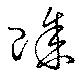
賖